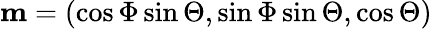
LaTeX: \mathbf{m}=\left(\cos\Phi\sin\Theta,\sin\Phi\sin\Theta,\cos\Theta\right)